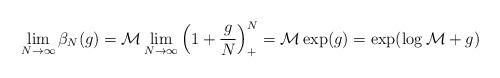
LaTeX: \begin{align*}\lim_{N\to\infty}\beta_N(g)=\mathcal{M}\lim_{N\to\infty}\Big(1+\frac{g}{N}\Big)^N_+=\mathcal{M}\exp(g)=\exp(\log\mathcal{M}+g)\end{align*}